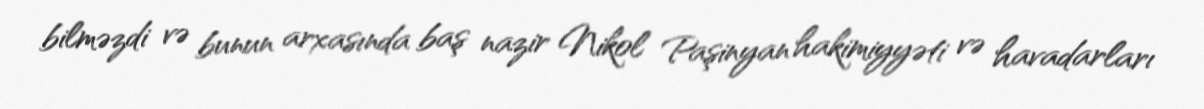
bilməzdi və bunun arxasında baş nazir Nikol Paşinyan hakimiyyəti və havadarları